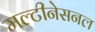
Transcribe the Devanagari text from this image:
मल्टीनेसनल